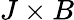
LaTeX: J\times B